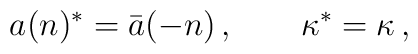
a(n)^*=\bar a(-n)\,, \qquad \kappa^*=\kappa\,,